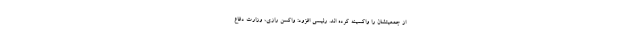
از جمعیتشان را واکسینه کرده اند. رئیسی افزود: واکسن رازی، وزارت دفاع